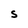
Character: S